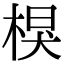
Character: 𣔑